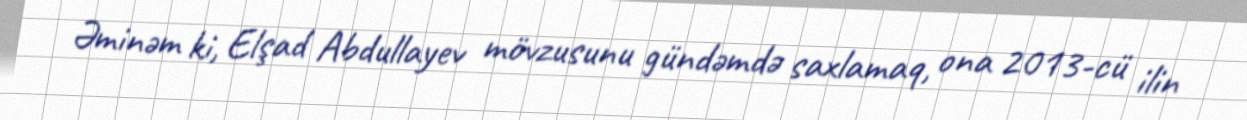
Əminəm ki, Elşad Abdullayev mövzusunu gündəmdə saxlamaq, ona 2013-cü ilin